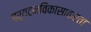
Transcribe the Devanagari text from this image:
पर्यटनविकासाकरता